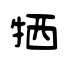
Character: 牺